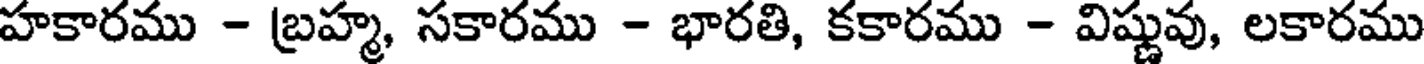
హకారము - బ్రహ్మ, సకారము - భారతి, కకారము - విష్ణువు, లకారము